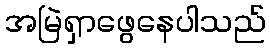
အမြဲရှာဖွေနေပါသည်